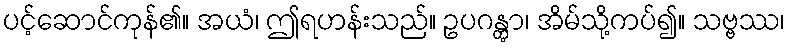
ပင့်ဆောင်ကုန်၏။ အယံ၊ ဤရဟန်းသည်။ ဥပဂန္တွာ၊ အိမ်သို့ကပ်၍။ သဗ္ဗဿ၊